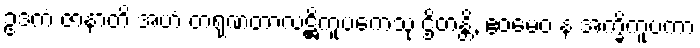
ဥဒကံ ဇာနာတိ အဟံ တရုဏတာလဋ္ဌိကူပကေသု ဌိတန္တိ, ဧဝမေဝ န အက္ခိကူပကာ